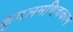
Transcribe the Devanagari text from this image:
कूदलमणिचकाम